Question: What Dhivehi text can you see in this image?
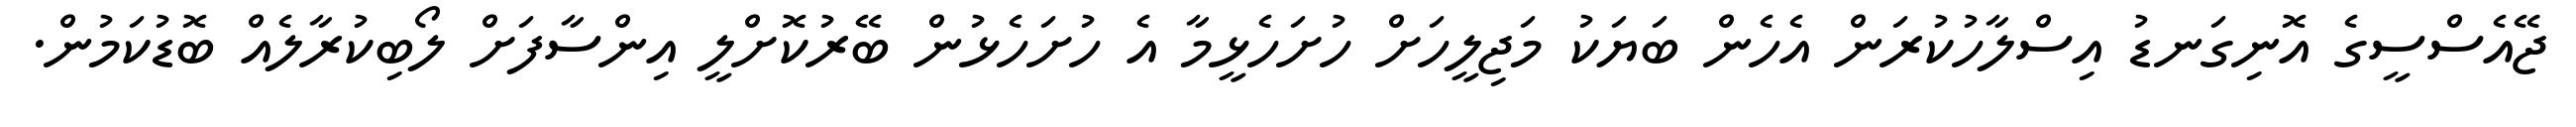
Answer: ޖޭއެސްސީގެ އޮނިގަނޑު އިސްލާހުކުރަން އެހެން ބަޔަކު މަޖިލީހަށް ހުށަހެޅީމާ އެ ހުށަހެޅުން ބޭރުކޮށްލީ އިންސާފަށް ލޯބިކުރާލެއް ބޮޑުކަމުން.